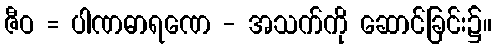
ဇီဝ = ပါဏဓာရဏေ - အသက်ကို ဆောင်ခြင်း၌။